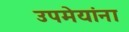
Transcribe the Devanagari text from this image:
उपमेयांना